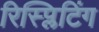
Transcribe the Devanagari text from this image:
रिस्प्लिटिंग